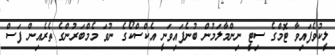
ލީކުވެފައިވާ ޓޮމްގެ ސިޓީ ނިންމާލަމުން ބުނެފައިވަނީ އެކްސްކޯގެ ނުވަ މެމްބަރުންގެ ތެރެއިން ފަސް